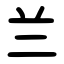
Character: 兰